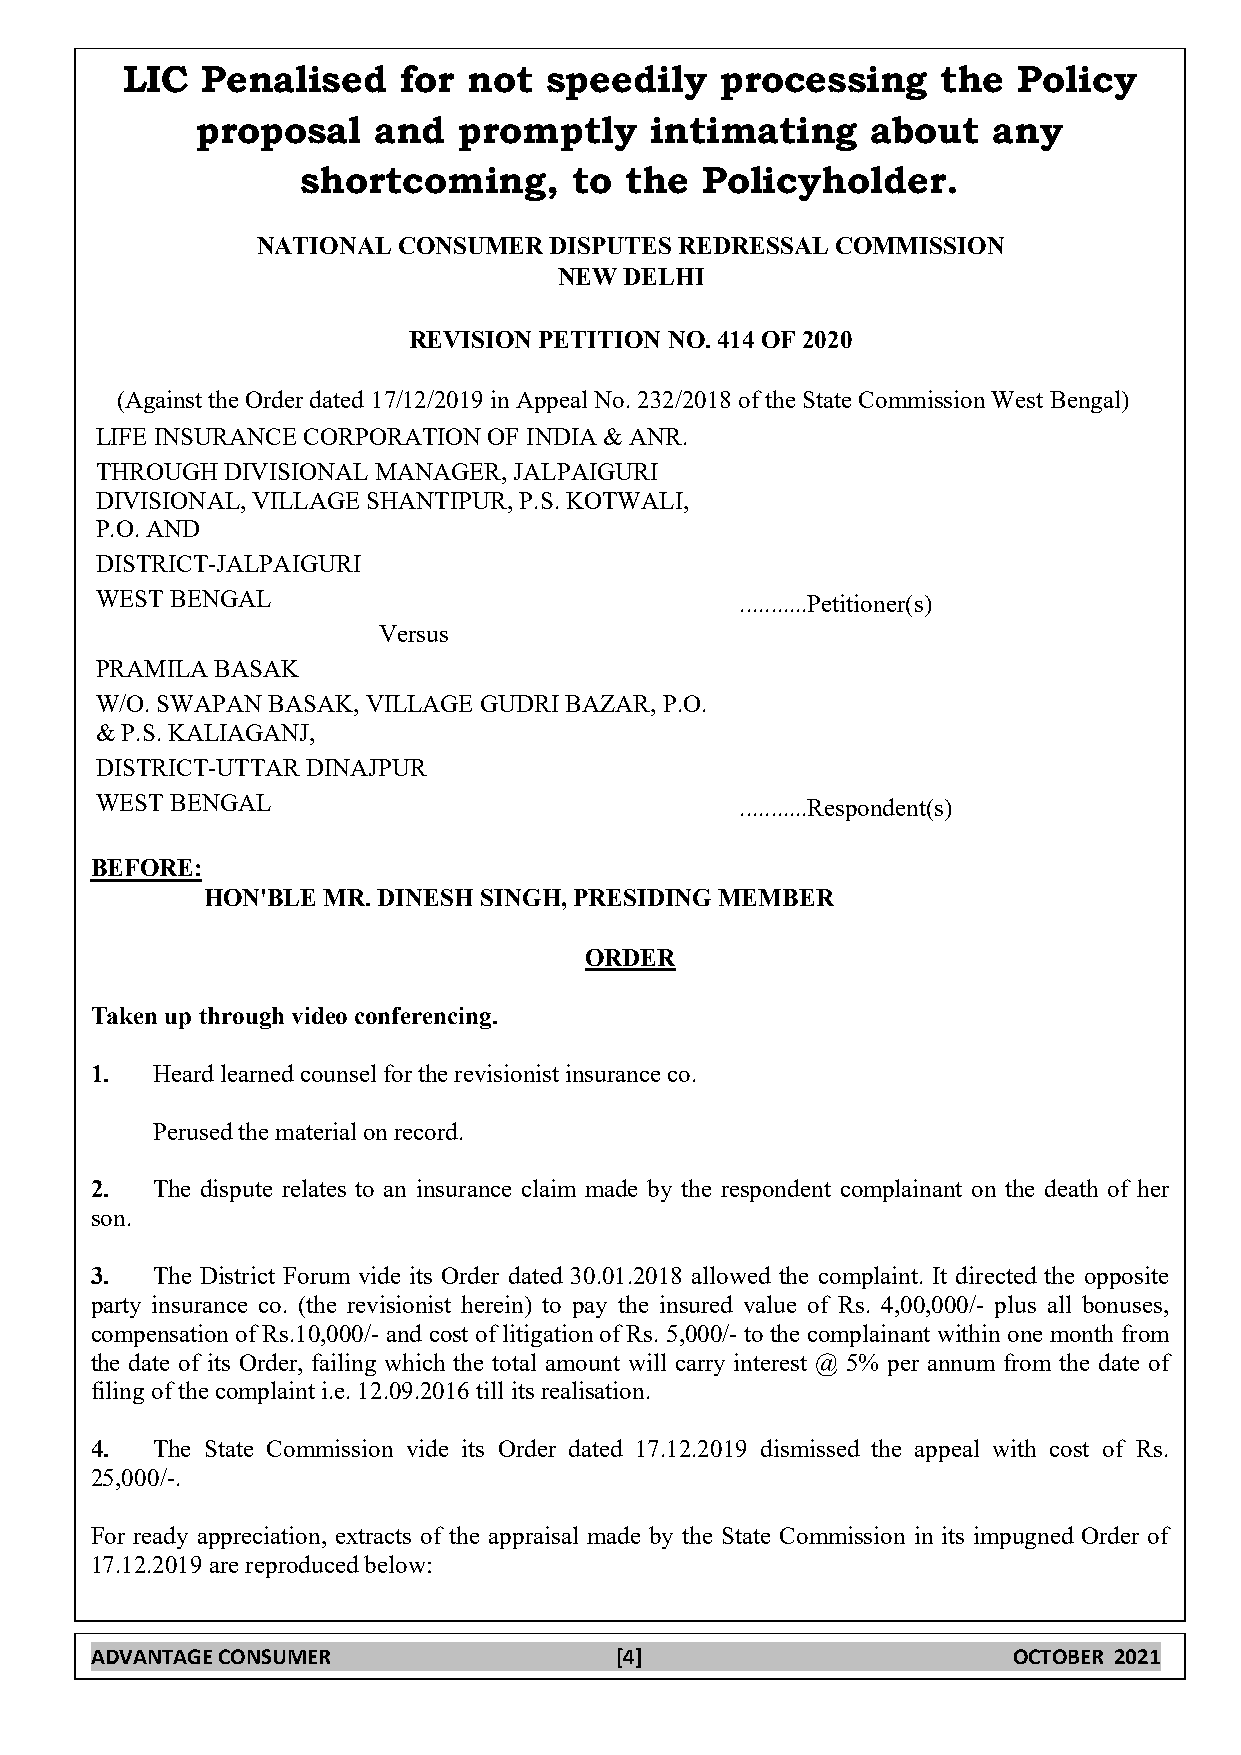
LIC  Penalised    for  not  speedily    processing    the  Policy
 proposal    and  promptly     intimating     about   any
 shortcoming,      to the  Policyholder.
 NATIONAL CONSUMER  DISPUTES REDRESSAL COMMISSION
 NEW DELHI
 REVISION PETITION NO. 414 OF 2020
 (Against the Order dated 17/12/2019 in Appeal No. 232/2018 of the State Commission West Bengal)
 LIFE INSURANCE CORPORATION OF INDIA & ANR.
 THROUGH  DIVISIONAL MANAGER, JALPAIGURI
 DIVISIONAL, VILLAGE SHANTIPUR, P.S. KOTWALI,
 P.O. AND
 DISTRICT-JALPAIGURI
 WEST BENGAL                                ...........Petitioner(s)
 Versus
 PRAMILA BASAK
 W/O. SWAPAN BASAK, VILLAGE GUDRI BAZAR, P.O.
 & P.S. KALIAGANJ,
 DISTRICT-UTTAR DINAJPUR
 WEST BENGAL                                ...........Respondent(s)
 BEFORE:
 HON'BLE MR. DINESH SINGH, PRESIDING MEMBER
 ORDER
 Taken up through video conferencing.
 1.  Heard learned counsel for the revisionist insurance co.
 Perused the material on record.
 2.  The dispute relates to an insurance claim made by the respondent complainant on the death of her
 son.
 3.  The District Forum vide its Order dated 30.01.2018 allowed the complaint. It directed the opposite
 party insurance co. (the revisionist herein) to pay the insured value of Rs. 4,00,000/- plus all bonuses,
 compensation of Rs.10,000/- and cost of litigation of Rs. 5,000/- to the complainant within one month from
 the date of its Order, failing which the total amount will carry interest @ 5% per annum from the date of
 filing of the complaint i.e. 12.09.2016 till its realisation.
 4.  The State Commission vide its Order dated 17.12.2019 dismissed the appeal with cost of Rs.
 25,000/-.
 For ready appreciation, extracts of the appraisal made by the State Commission in its impugned Order of
 17.12.2019 are reproduced below:
 ADVANTAGE CONSUMER                 [4]                       OCTOBER 2021